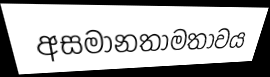
අසමානතාමතාවය